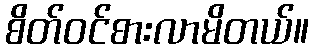
စိတ်ဝင်စားလာမိတယ်။